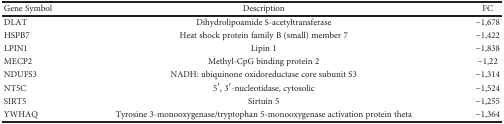
<table><thead><tr><td><b>Gene Symbol</b></td><td><b>Description</b></td><td><b>FC</b></td></tr></thead><tbody><tr><td>DLAT</td><td>Dihydrolipoamide S-acetyltransferase</td><td>−1,678</td></tr><tr><td>HSPB7</td><td>Heat shock protein family B (small) member 7</td><td>−1,422</td></tr><tr><td>LPIN1</td><td>Lipin 1</td><td>−1,838</td></tr><tr><td>MECP2</td><td>Methyl-CpG binding protein 2</td><td>−1,22</td></tr><tr><td>NDUFS3</td><td>NADH: ubiquinone oxidoreductase core subunit S3</td><td>−1,314</td></tr><tr><td>NT5C</td><td>5′, 3′-nucleotidase, cytosolic</td><td>−1,524</td></tr><tr><td>SIRT5</td><td>Sirtuin 5</td><td>−1,255</td></tr><tr><td>YWHAQ</td><td>Tyrosine 3-monooxygenase/tryptophan 5-monooxygenase activation protein theta</td><td>−1,364</td></tr></tbody></table>